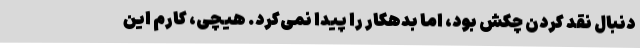
دنبال نقد کردن چکش بود، اما بدهکار را پیدا نمی‌کرد. هیچی، کارم این